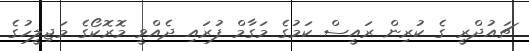
ޗައުދްރީ ގެ ކުރިން ރައީސް ކަމުގެ މަގާމް ފުރައި ދެއްވީ މޮރޮކޯގެ މަޖިލީހުގެ